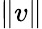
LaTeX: \lVert v\rVert